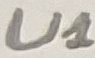
Text: U1